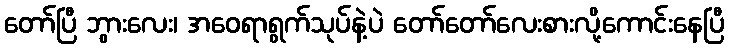
တော်ပြီ ဘွားလေး၊ အဝေရာရွက်သုပ်နဲ့ပဲ တော်တော်လေးစားလို့ကောင်းနေပြီ